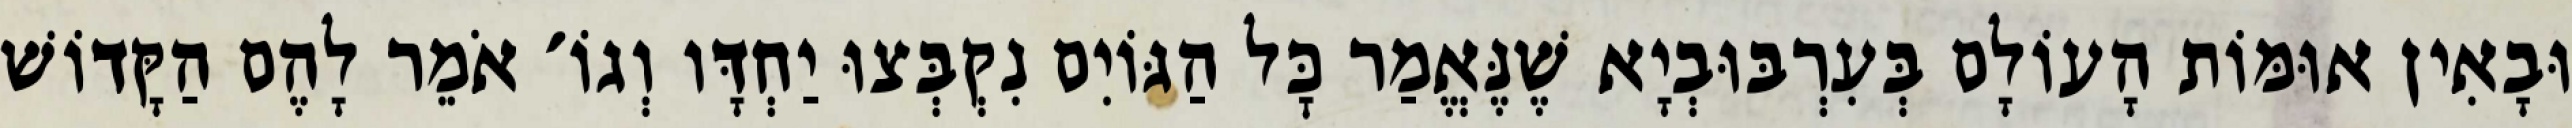
וּבָאִין אוּמּוֹת הָעוֹלָם בְּעִרְבּוּבְיָא שֶׁנֶּאֱמַר כׇּל הַגּוֹיִם נִקְבְּצוּ יַחְדָּו וְגוֹ׳ אֹמֵר לָהֶם הַקָּדוֹשׁ